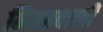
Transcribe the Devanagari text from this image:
निग्रहवाली